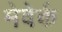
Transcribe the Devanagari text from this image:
मेवेर्क